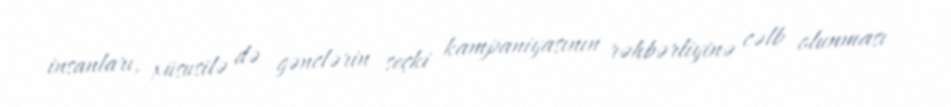
insanları, xüsusilə də gənclərin seçki kampaniyasının rəhbərliyinə cəlb olunması